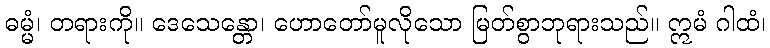
ဓမ္မံ၊ တရားကို။ ဒေသေန္တော၊ ဟောတော်မူလိုသော မြတ်စွာဘုရားသည်။ ဣမံ ဂါထံ၊